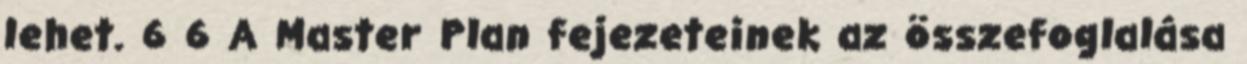
lehet. 6 6 A Master Plan fejezeteinek az összefoglalása